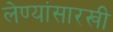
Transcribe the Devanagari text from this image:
लेण्यांसारखी